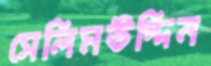
সেলিমউদ্দিন